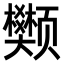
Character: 𫖺